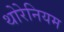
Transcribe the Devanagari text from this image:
थोरेनियम